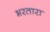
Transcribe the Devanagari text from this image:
भरतारा